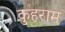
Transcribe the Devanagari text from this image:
कुहराम